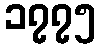
၁၇၇၅